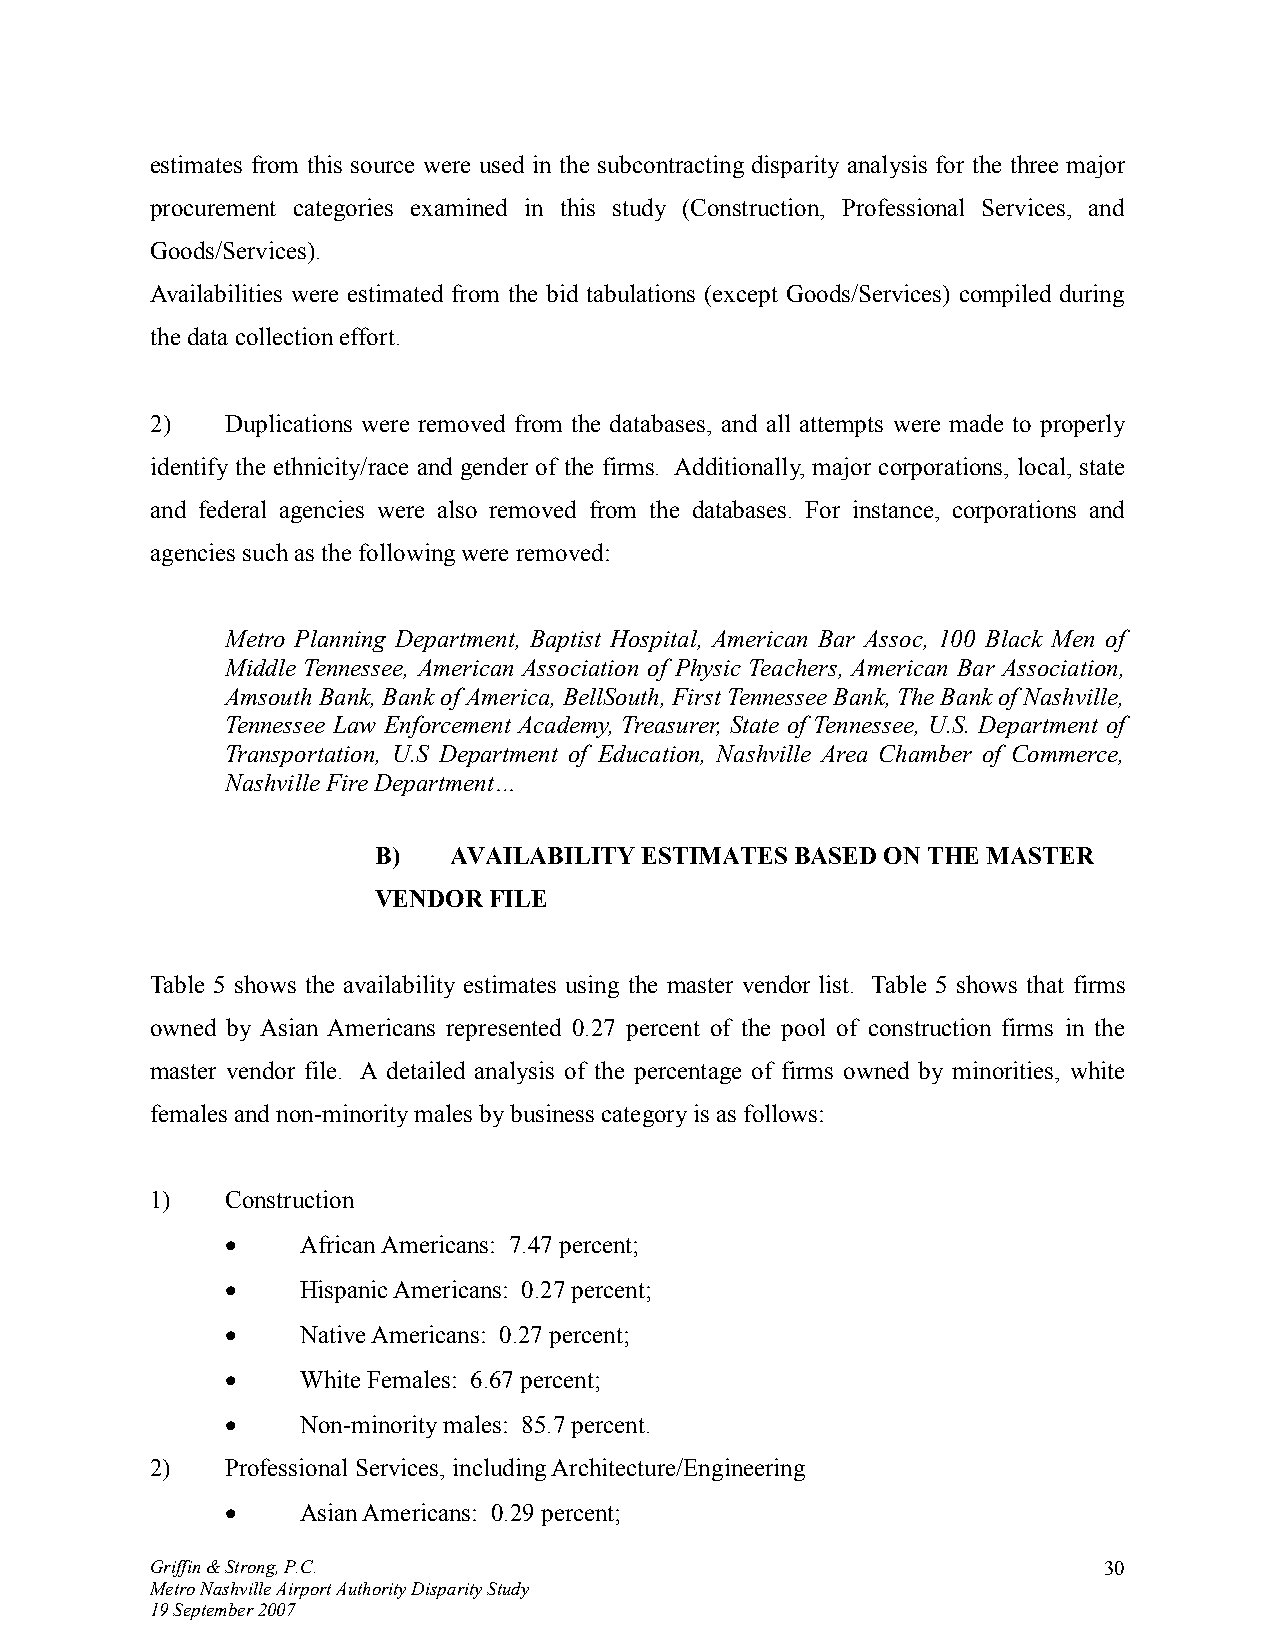
estimates from this source were used in the subcontracting disparity analysis for the three major
 procurement categories examined in this study (Construction, Professional Services, and
 Goods/Services).
 Availabilities were estimated from the bid tabulations (except Goods/Services) compiled during
 the data collection effort.
 2)   Duplications were removed from the databases, and all attempts were made to properly
 identify the ethnicity/race and gender of the firms. Additionally, major corporations, local, state
 and federal agencies were also removed from the databases. For instance, corporations and
 agencies such as the following were removed:
 Metro Planning Department, Baptist Hospital, American Bar Assoc, 100 Black Men of
 Middle Tennessee, American Association of Physic Teachers, American Bar Association,
 Amsouth Bank, Bank of America, BellSouth, First Tennessee Bank, The Bank of Nashville,
 Tennessee Law Enforcement Academy, Treasurer, State of Tennessee, U.S. Department of
 Transportation, U.S Department of Education, Nashville Area Chamber of Commerce,
 Nashville Fire Department…
 B)   AVAILABILITY ESTIMATES BASED ON THE MASTER
 VENDOR FILE
 Table 5 shows the availability estimates using the master vendor list. Table 5 shows that firms
 owned by Asian Americans represented 0.27 percent of the pool of construction firms in the
 master vendor file. A detailed analysis of the percentage of firms owned by minorities, white
 females and non-minority males by business category is as follows:
 1)   Construction
 •    African Americans: 7.47 percent;
 •    Hispanic Americans: 0.27 percent;
 •    Native Americans: 0.27 percent;
 •    White Females: 6.67 percent;
 •    Non-minority males: 85.7 percent.
 2)   Professional Services, including Architecture/Engineering
 •    Asian Americans: 0.29 percent;
 Griffin & Strong, P.C.                                         30
 Metro Nashville Airport Authority Disparity Study
 19 September 2007